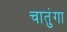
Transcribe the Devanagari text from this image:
चातुंगा